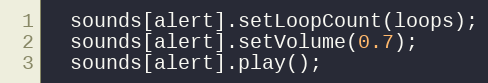
Language: C++
  sounds[alert].setLoopCount(loops);
  sounds[alert].setVolume(0.7);
  sounds[alert].play();